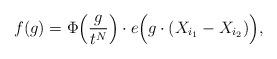
LaTeX: \begin{align*}f(g)= \Phi\Big(\frac{g}{t^N}\Big)\cdot e\Big(g\cdot (X_{i_1}-X_{i_2})\Big),\end{align*}